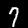
Digit: 7